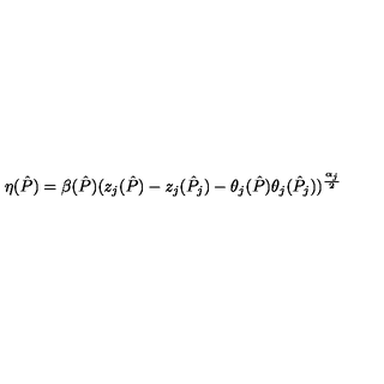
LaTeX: \eta ( \hat { P } ) = \beta ( \hat { P } ) ( z _ { j } ( \hat { P } ) - z _ { j } ( \hat { P } _ { j } ) - \theta _ { j } ( \hat { P } ) \theta _ { j } ( \hat { P } _ { j } ) ) ^ { \frac { \alpha _ { j } } { 2 } }